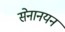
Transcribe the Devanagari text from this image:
सेनानयन